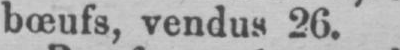
bœufs, vendus 26.